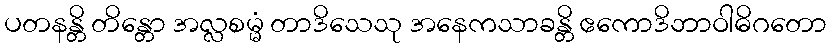
ပတနန္တိ တိန္တော အလ္လစမ္မံ တာဒိသေသု အနေကသာခန္တိ ဧကောဒိဘာဝါဓိဂတော